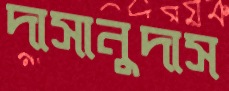
দাসানুদাস